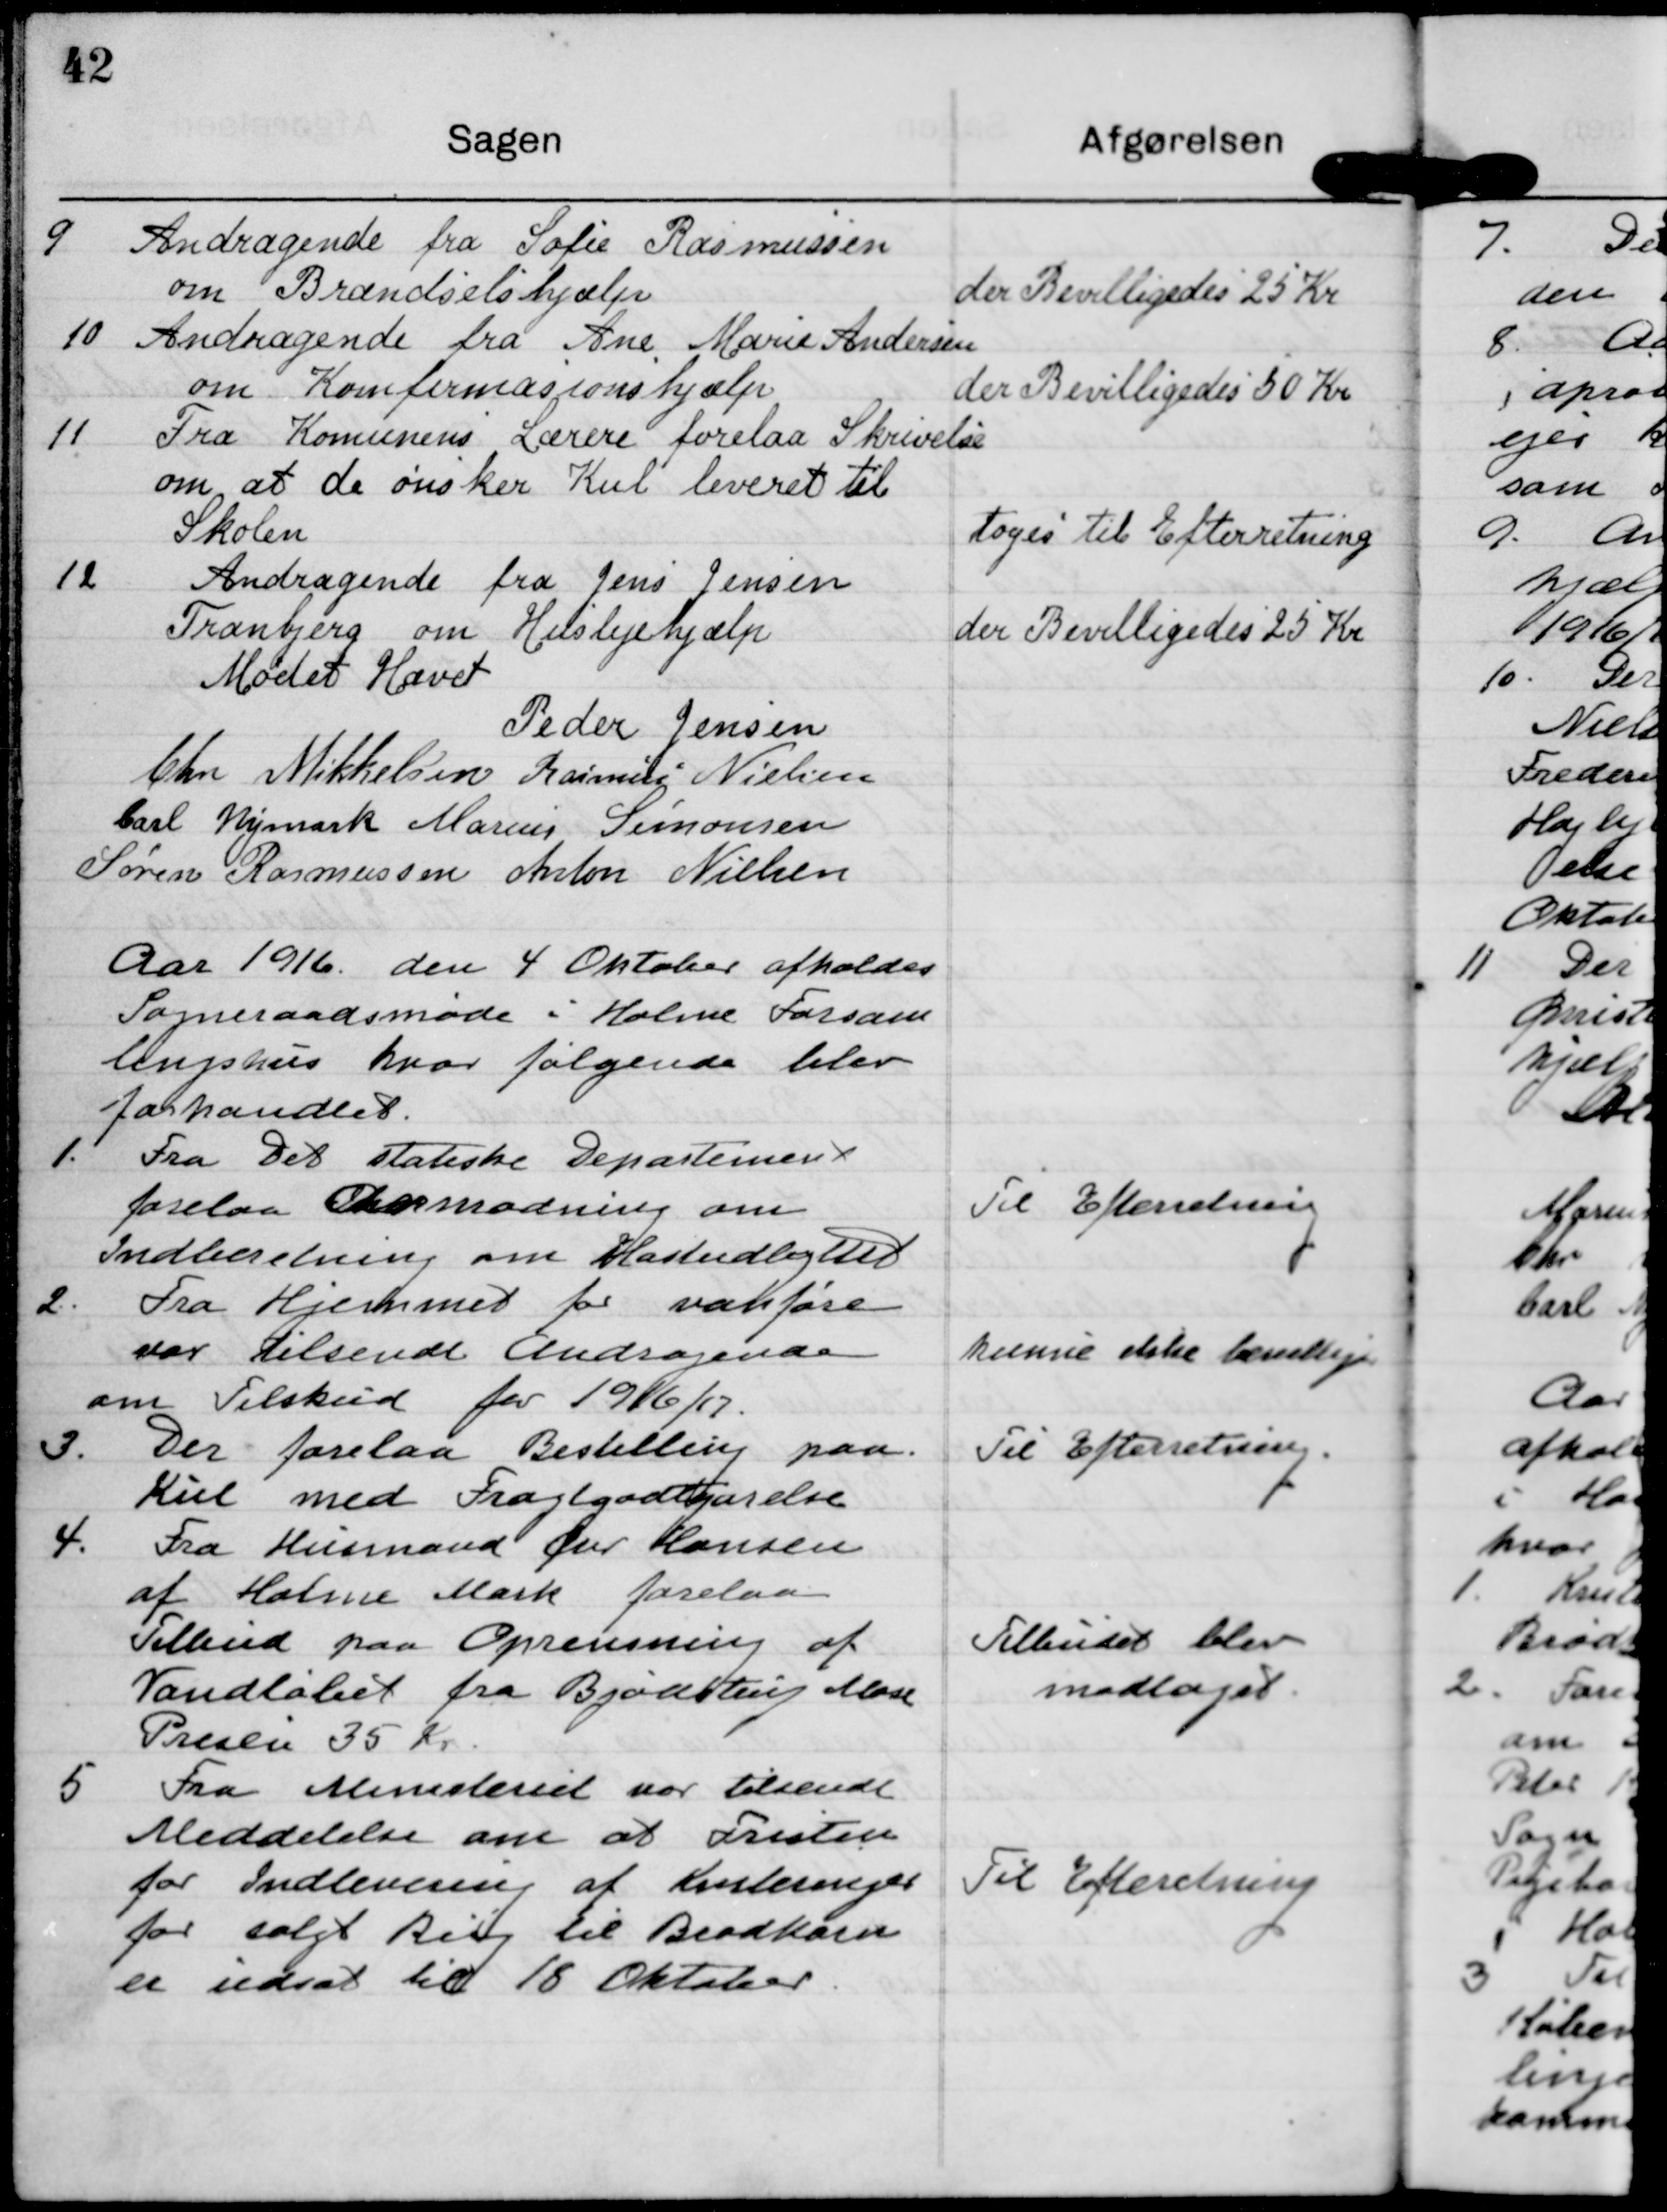
Transskription:
9 Andragende fra Pofie Rasmussen
om Brændselshjælp

i Bevilligedes 25 Kr

10 Andragende fra Ane Marie Andersen
om Komformasionshjælp

der Bevilligedes 50 Kr

11 Fra Komunens Lærere forelaa Skriver
om, at de ønsker Kul leveret til
Skolen

toges til Efterretning

12 Andragende fra Jens Jensen
Tranberg om Helslejehjælp

der Bevilligedes 25 Kr

Mødet Hævet

Peder Jensen

Eher Mikkelsen

Rasmus Nielsen

Carl Vjmark

Marius Simonsen

Søren Rasmussen

Anton Nielsen

Aar 1916 den 4 Oktober afholdes
Sogneraadsmøde i Holme Forsam
bengshus hvor følgende blev
farhandlet.

1. Fra Det statiske Departement
forelaa Ormodning om
Indberetning om Hastedlgttet

Til Efterretning

2. Fra Hjemmet for vakføre
var tilsendt Andragende
om Tilskud for 1946/17.

kunne ikske bevillige

3. Der forelaa Bestilling paa
Kul med Fraitgodtgørelse

Til Efterretning

4. Fra Husmand fr Hansen
af Holme Mark forelaa
Tilbud paa Oprensning af
Vandløbet fra Bjodttug Mose
Prisen 35 Kr

Tilbudet blev
modlaret

Fra Ministeriet var tilsendt
Meddelelse om at Fresten
for Indlevering af Ksteringer
for solgt Bil til Brødkorn
er udsat til 18 Oktober

Til Efteretning